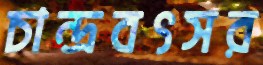
চান্দ্রবৎসর